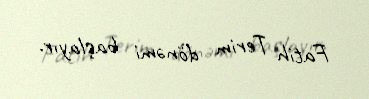
Fatih Terim dönəmi başlayır.